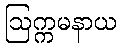
ဩက္ကမနာယ